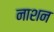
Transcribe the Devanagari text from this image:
नाशन